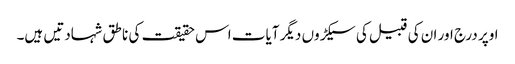
اوپر درج اور ان کی قبیل کی سیکڑوں دیگر آیات اس حقیقت کی ناطق شہادتیں ہیں۔